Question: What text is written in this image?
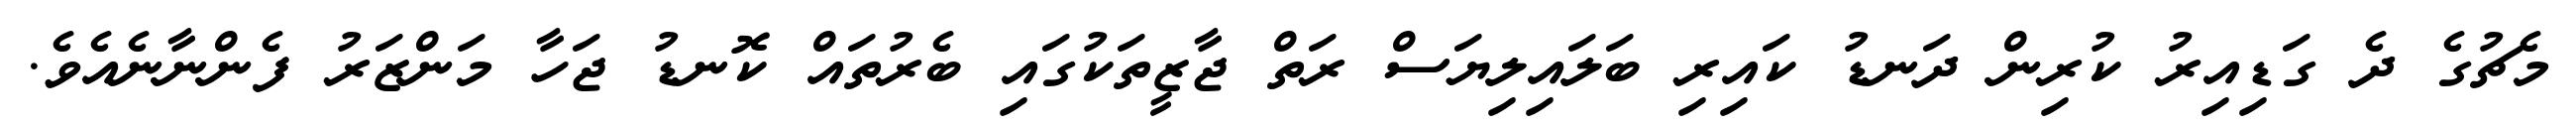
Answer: މެޗުގެ ދެ ގަޑިއިރު ކުރިން ދަނޑު ކައިރި ބަލައިލިޔަސް ރަތް ޖާޒީތަކުގައި ބެރުތައް ކޮނޑު ޖަހާ މަންޒަރު ފެންނާނެއެވެ.